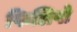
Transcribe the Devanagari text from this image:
फिलिपो